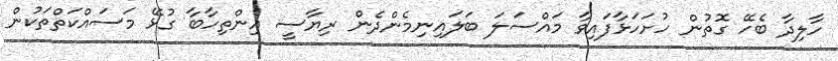
ހާލިދާ ބެހޭ ގޮތުން ހުށަހަޅާފައިވާ މައްސަލަ ބަލަައިނިމެންދެން ރިޔާސީ އިންތިހާބާ ގުޅޭ މަސައްކަތްތަކުން